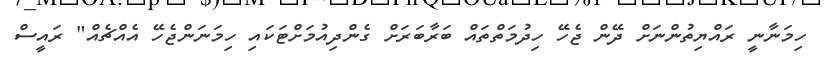
ހިމަނާނީ ރައްޔިތުންނަށް ދޭން ޖެހޭ ހިދުމަތްތައް ބަރާބަރަށް ގެންދިއުމަށްޓަކައި ހިމަނަންޖެހޭ އެއްޗެއް" ރައީސް